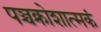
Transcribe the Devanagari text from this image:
पञ्चक्रोशात्मकं